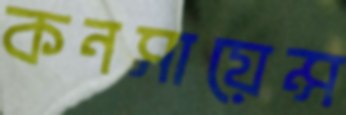
কনসায়েন্স